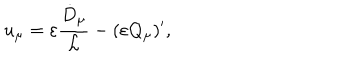
u _ { \mu } = \varepsilon \frac { \dot { D } _ { \mu } } { { \cal L } } - ( \varepsilon Q _ { \mu } ) ^ { \prime } ,